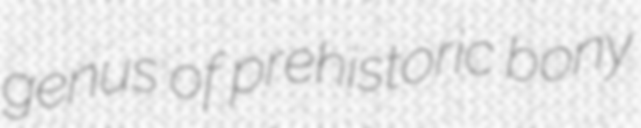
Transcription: genus of prehistoric bony